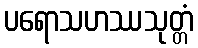
ပရောသဟဿသုတ္တံ